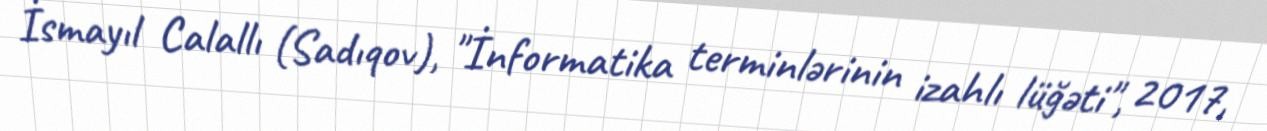
İsmayıl Calallı (Sadıqov), "İnformatika terminlərinin izahlı lüğəti", 2017,